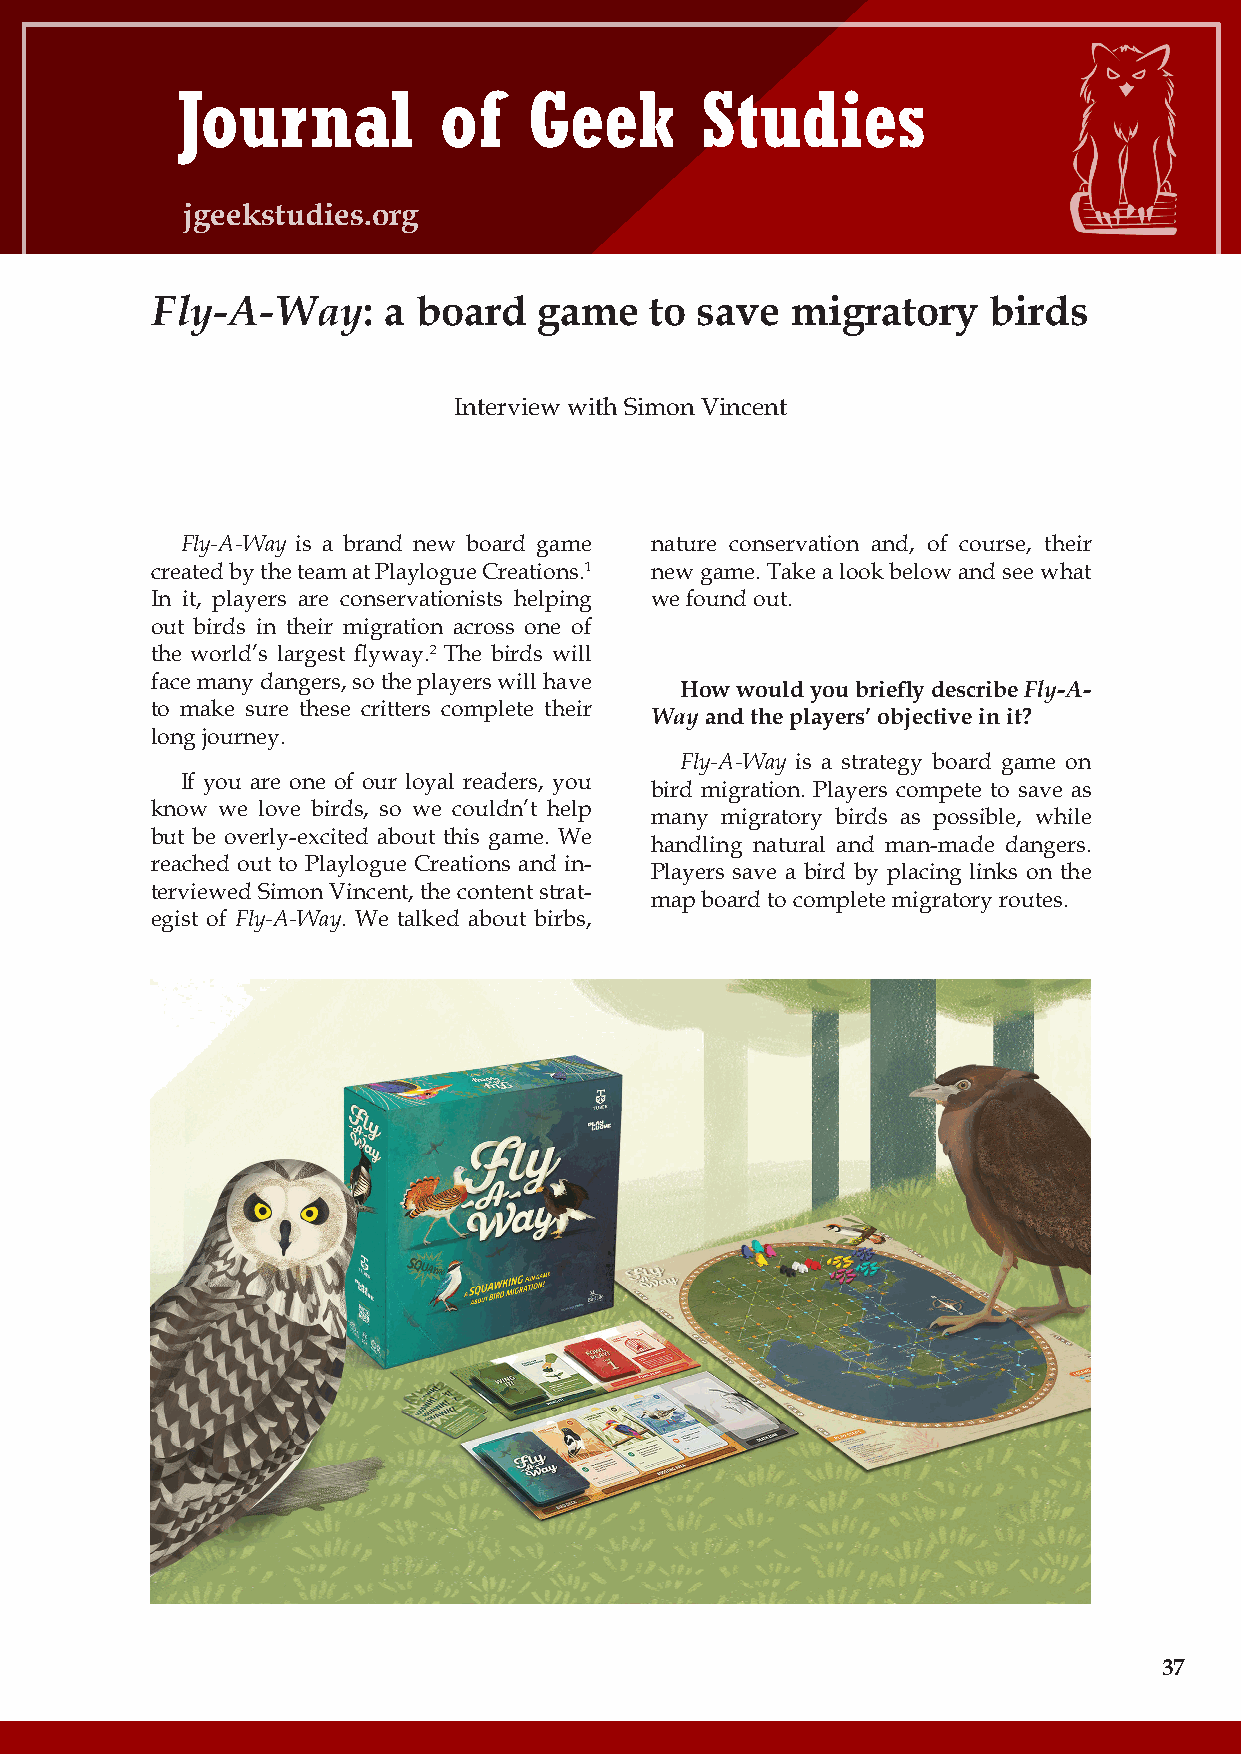
Journal          of    Geek       Studies
 jgeekstudies.org
 Fly-A-Way:     a board    game   to save  migratory    birds
 Interview with Simon Vincent
 Fly-A-Way is a brand new board game nature conservation and, of course, their
 created by the team at Playlogue Creations.1 new game. Take a look below and see what
 In it, players are conservationists helping we found out.
 out birds in their migration across one of
 the world’s largest flyway.2 The birds will
 face many dangers, so the players will have
 How would you briefly describe Fly-A-
 to make sure these critters complete their
 Way and the players’ objective in it?
 long journey.
 Fly-A-Way is a strategy board game on
 If you are one of our loyal readers, you
 bird migration. Players compete to save as
 know we love birds, so we couldn’t help
 many migratory birds as possible, while
 but be overly-excited about this game. We
 handling natural and man-made dangers.
 reached out to Playlogue Creations and in-
 Players save a bird by placing links on the
 terviewed Simon Vincent, the content strat-
 map board to complete migratory routes.
 egist of Fly-A-Way. We talked about birbs,
 37